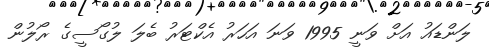
ލަންޑައު އަށް ވަނީ 1995 ވަނަ އަހަރު އެކްޓަރު ބެލަ ލުގޯސީގެ ރޯލުން